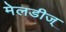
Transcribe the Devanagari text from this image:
मेलडीज्